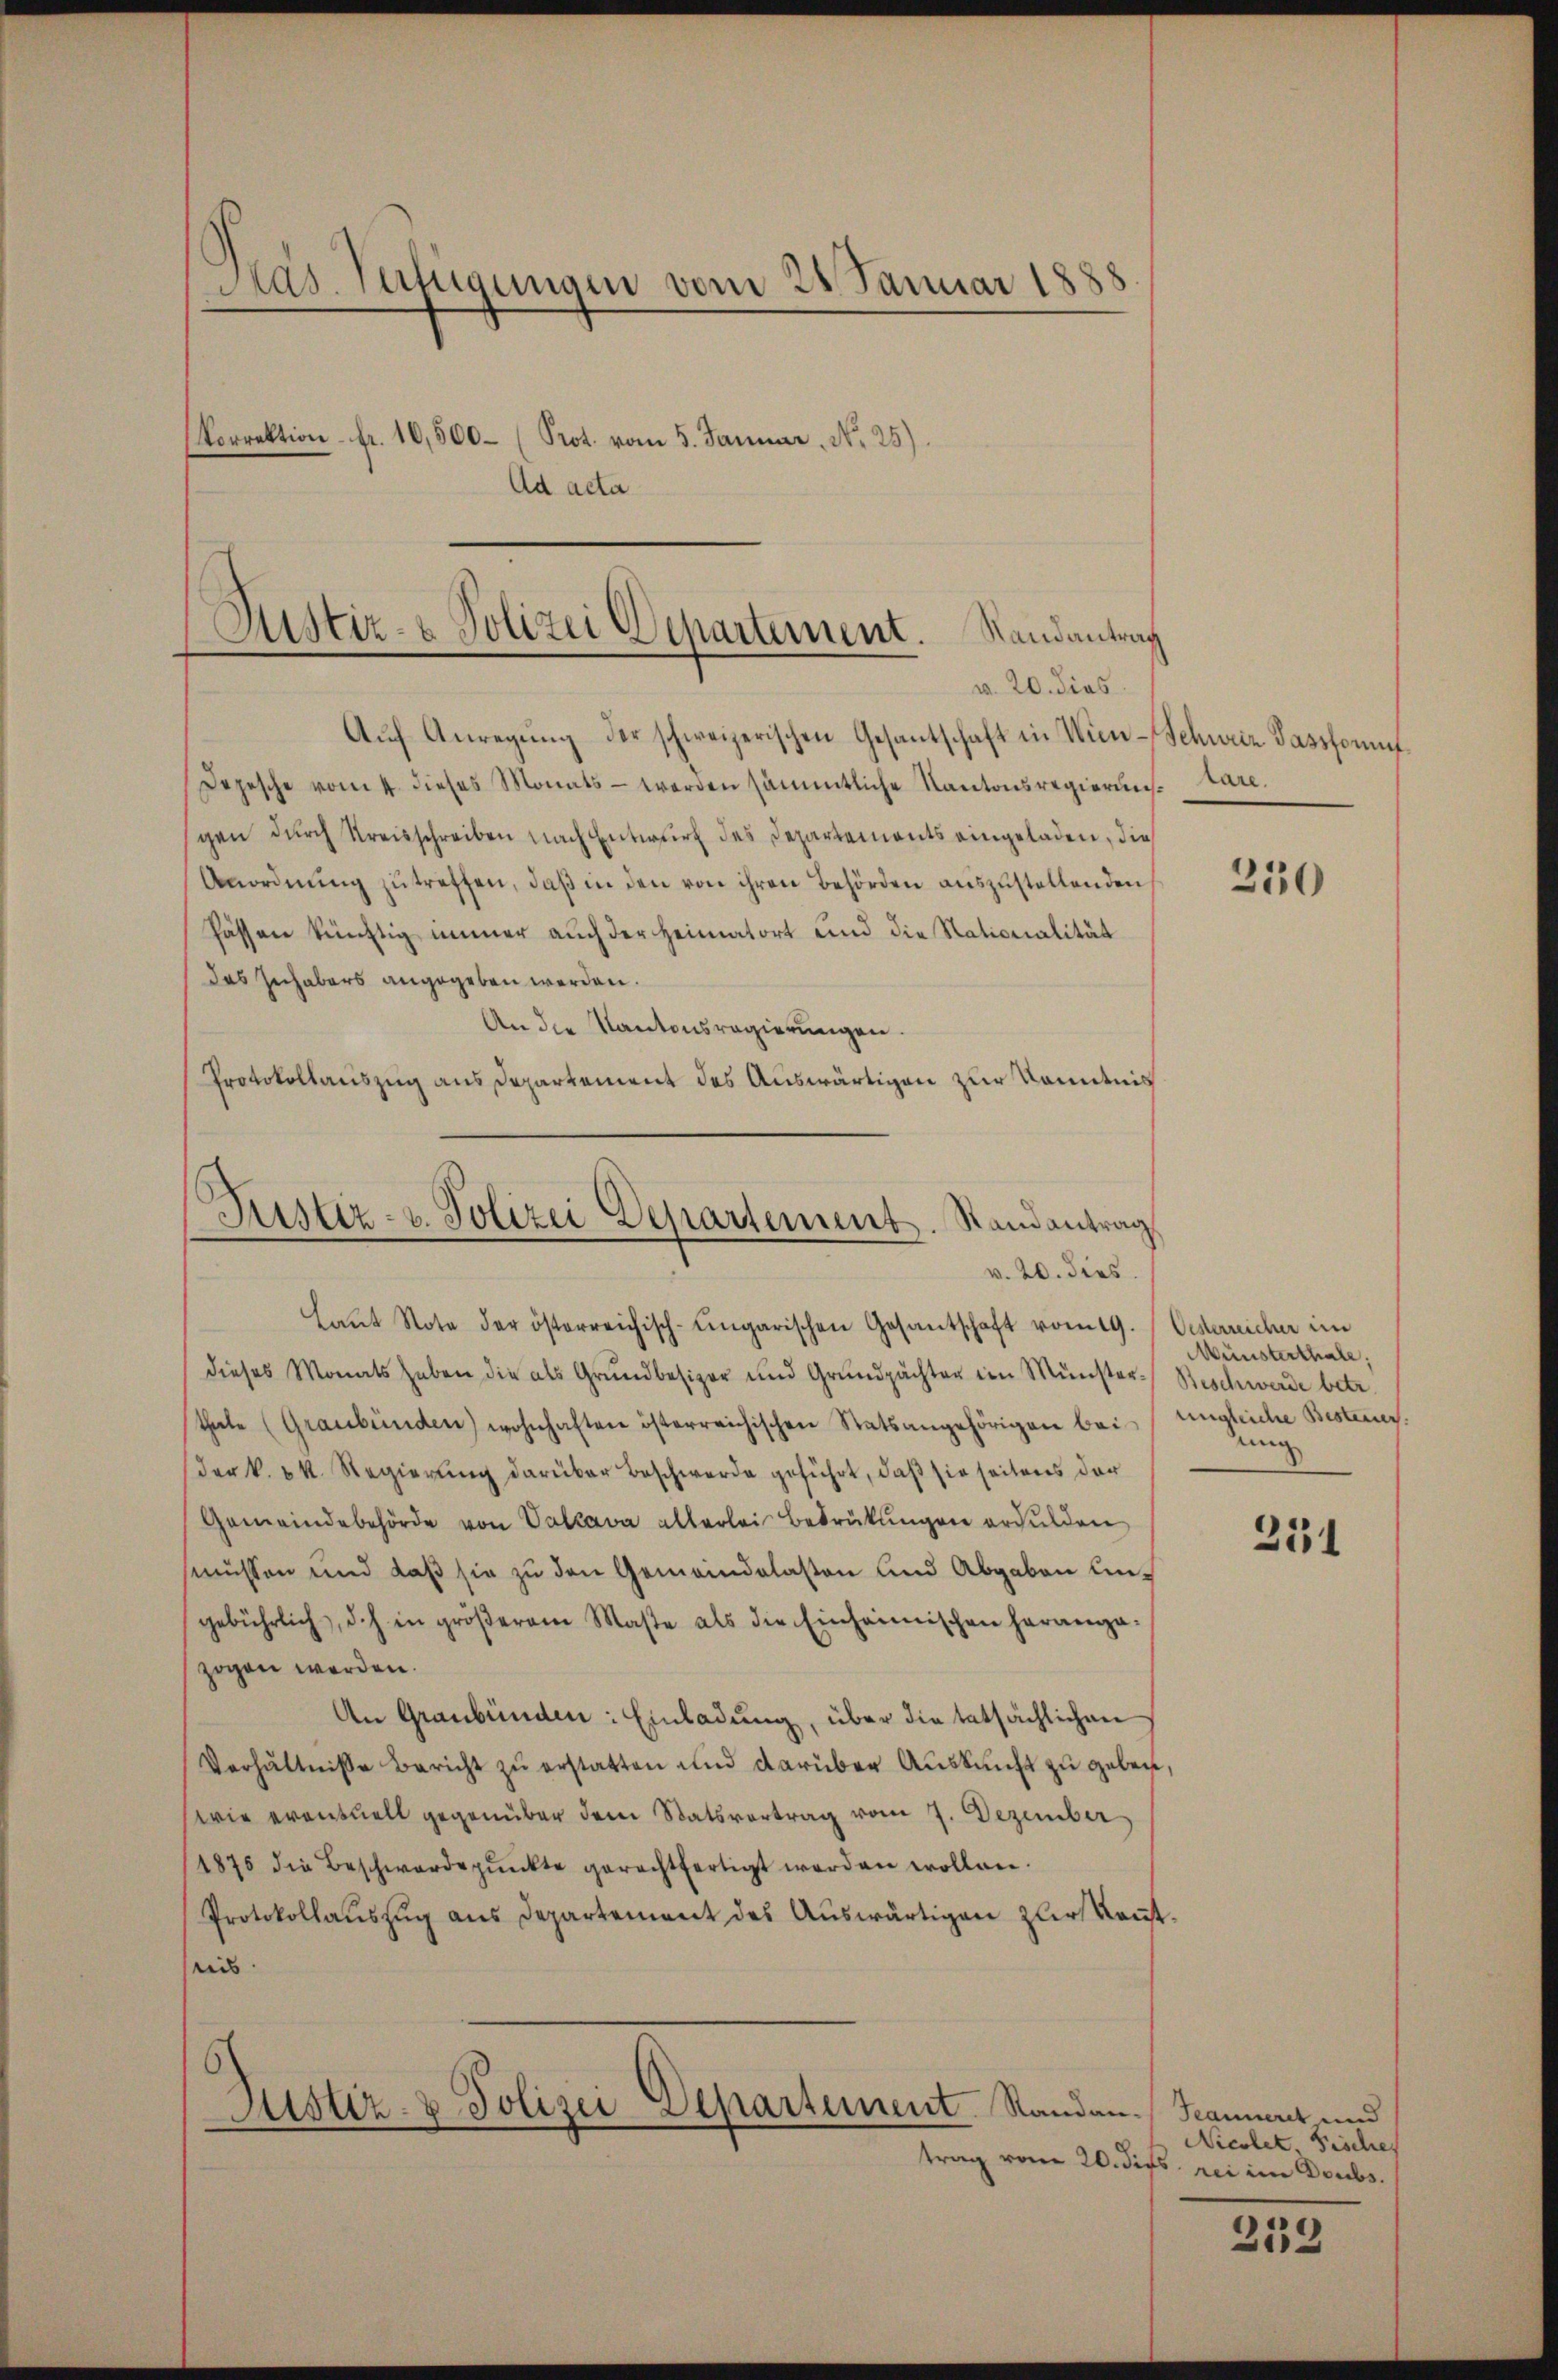
Pras. Verfügungen vom 28. Januar 1888.
Vorrektion fr. 10,500 (Prot. vom 5. Januar, No 25).
Ad acta

(Justiz- & Polizei Departement. Randantrag
v. 20. dies
Aŭf Anregŭng der schweizerischen Gesantschaft in Wien-Schweiz Sassformit¬

Depesche vom 4. dieses Monats werden sämmtliche Kantonsregierung tare.
gen durch Kreisschreiben nach Entwurf des Departements eingeladen, die
Anordnŭng zŭ treffen, daß in den von ihren Behörden auszustellenden
Pässen künftig immer auch der Heimatort und die Nationalität
das Zuhabers angegeben werden.
An die Kantonsregierungen.
Protokollauszug aus Departement des Auswärtigen zur Kenntnis

Justiz- u. Polizei Departement. Randantrag
v. 20. dies
Laŭt Note der österreichisch-ungarischen Gesantschaft vom 19. (Oekerreicher im

dieses Monats haben die als Grundbesizer und Grundpächter im Münster-Beschwerde betr.
thale (Graubünden) wohnhaften österreichischen Statsangehörigen bei ungleiche Besteuer.
(der k. k. Regierŭng darüber Beschwerde geführt, daß sie seitens der
Gemeindebehörde von Valava allerlei Bedrükŭngen erdulden
smüssen und daß sie zu den Gemeindelasten und Abgaben ungebührlich, d.h. in gröβerem Maste als die Einheimischen heranga-
zogen werden.
An Graubünden: Einladung, über die tatsächlichen
Verhältnisse Bericht zu erstatten und darüber Auskunft zu geben,
wie eventuell gegenüber dem Statsvertrag vom 7. Dezember
1875 die Beschwerdepŭnkte gerechtfertigt werden wollen.
Protokollauszug aus Departement des Auswärtigen zur kanntis
Justiz- & Polizei Departement. Standen. Jeanneret und
trag vom 20. dies rei im Doubs.

250

Münsterthale,
uung

231

Nicolet Fische

252